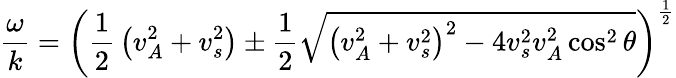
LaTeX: {\frac{\omega}{k}}=\left({\frac{1}{2}}\left(v_{A}^{2}+v_{s}^{2}\right)\pm{\frac{1}{2}}{\sqrt{\left(v_{A}^{2}+v_{s}^{2}\right)^{2}-4v_{s}^{2}v_{A}^{2}\cos^{2}\theta}}\right)^{\frac{1}{2}}